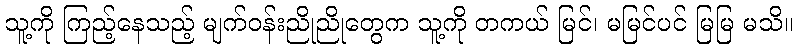
သူ့ကို ကြည့်နေသည့် မျက်ဝန်းညိုညိုတွေက သူ့ကို တကယ် မြင်၊ မမြင်ပင် မြမြ မသိ။